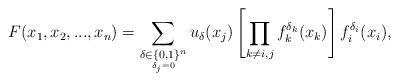
LaTeX: \begin{align*}F(x_{1},x_{2},...,x_{n})=\sum_{\underset{\delta_{j}=0}{\delta\in\{0,1\}^{n}}}u_{\delta}(x_{j})\left[\prod_{k\neq i,j}f_{k}^{\delta_{k}}(x_{k})\right]f_{i}^{\delta_{i}}(x_{i}),\end{align*}